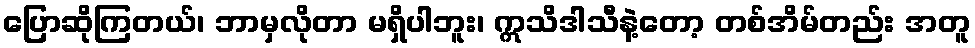
ပြောဆိုကြတယ်၊ ဘာမှလိုတာ မရှိပါဘူး၊ ဣသိဒါသီနဲ့တော့ တစ်အိမ်တည်း အတူ